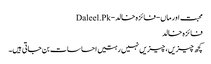
محبت اور ماں - فائزہ خالد - Daleel.Pk
فائزہ خالد
کچھ چیزیں، چیزیں نہیں رہتیں احساسات بن جاتی ہیں۔